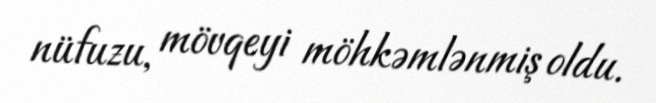
nüfuzu, mövqeyi möhkəmlənmiş oldu.